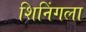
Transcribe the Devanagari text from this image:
शिनिंगला